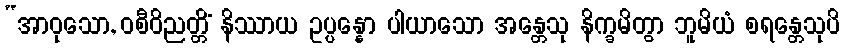
“အာဝုသော, ဝစီဝိညတ္တိံ နိဿာယ ဥပ္ပန္နော ပါယာသော အန္တေသု နိက္ခမိတွာ ဘူမိယံ စရန္တေသုပိ